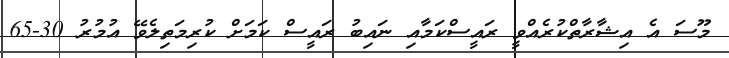
މޫސަ އެ އިޝާރާތްކުރެއްވީ ރައީސްކަމާއި ނައިބު ރައީސް ކަމަށް ކުރިމަތިލެވޭ އުމުރު 30-65